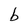
Character: b